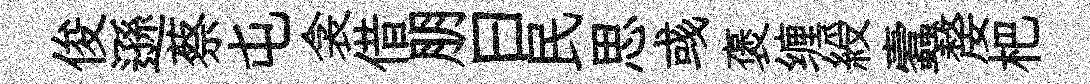
俊遜蔡屯衾借朋曰民思彧褒缠綬蠧嫠杷